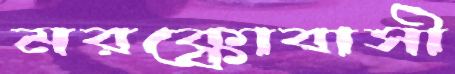
মরক্কোবাসী